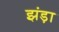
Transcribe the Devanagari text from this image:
झंड़ा